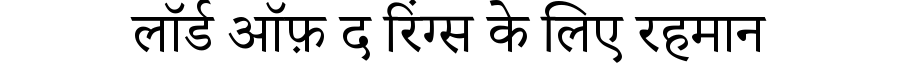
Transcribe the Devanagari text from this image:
लॉर्ड ऑफ़ द रिंग्स के लिए रहमान